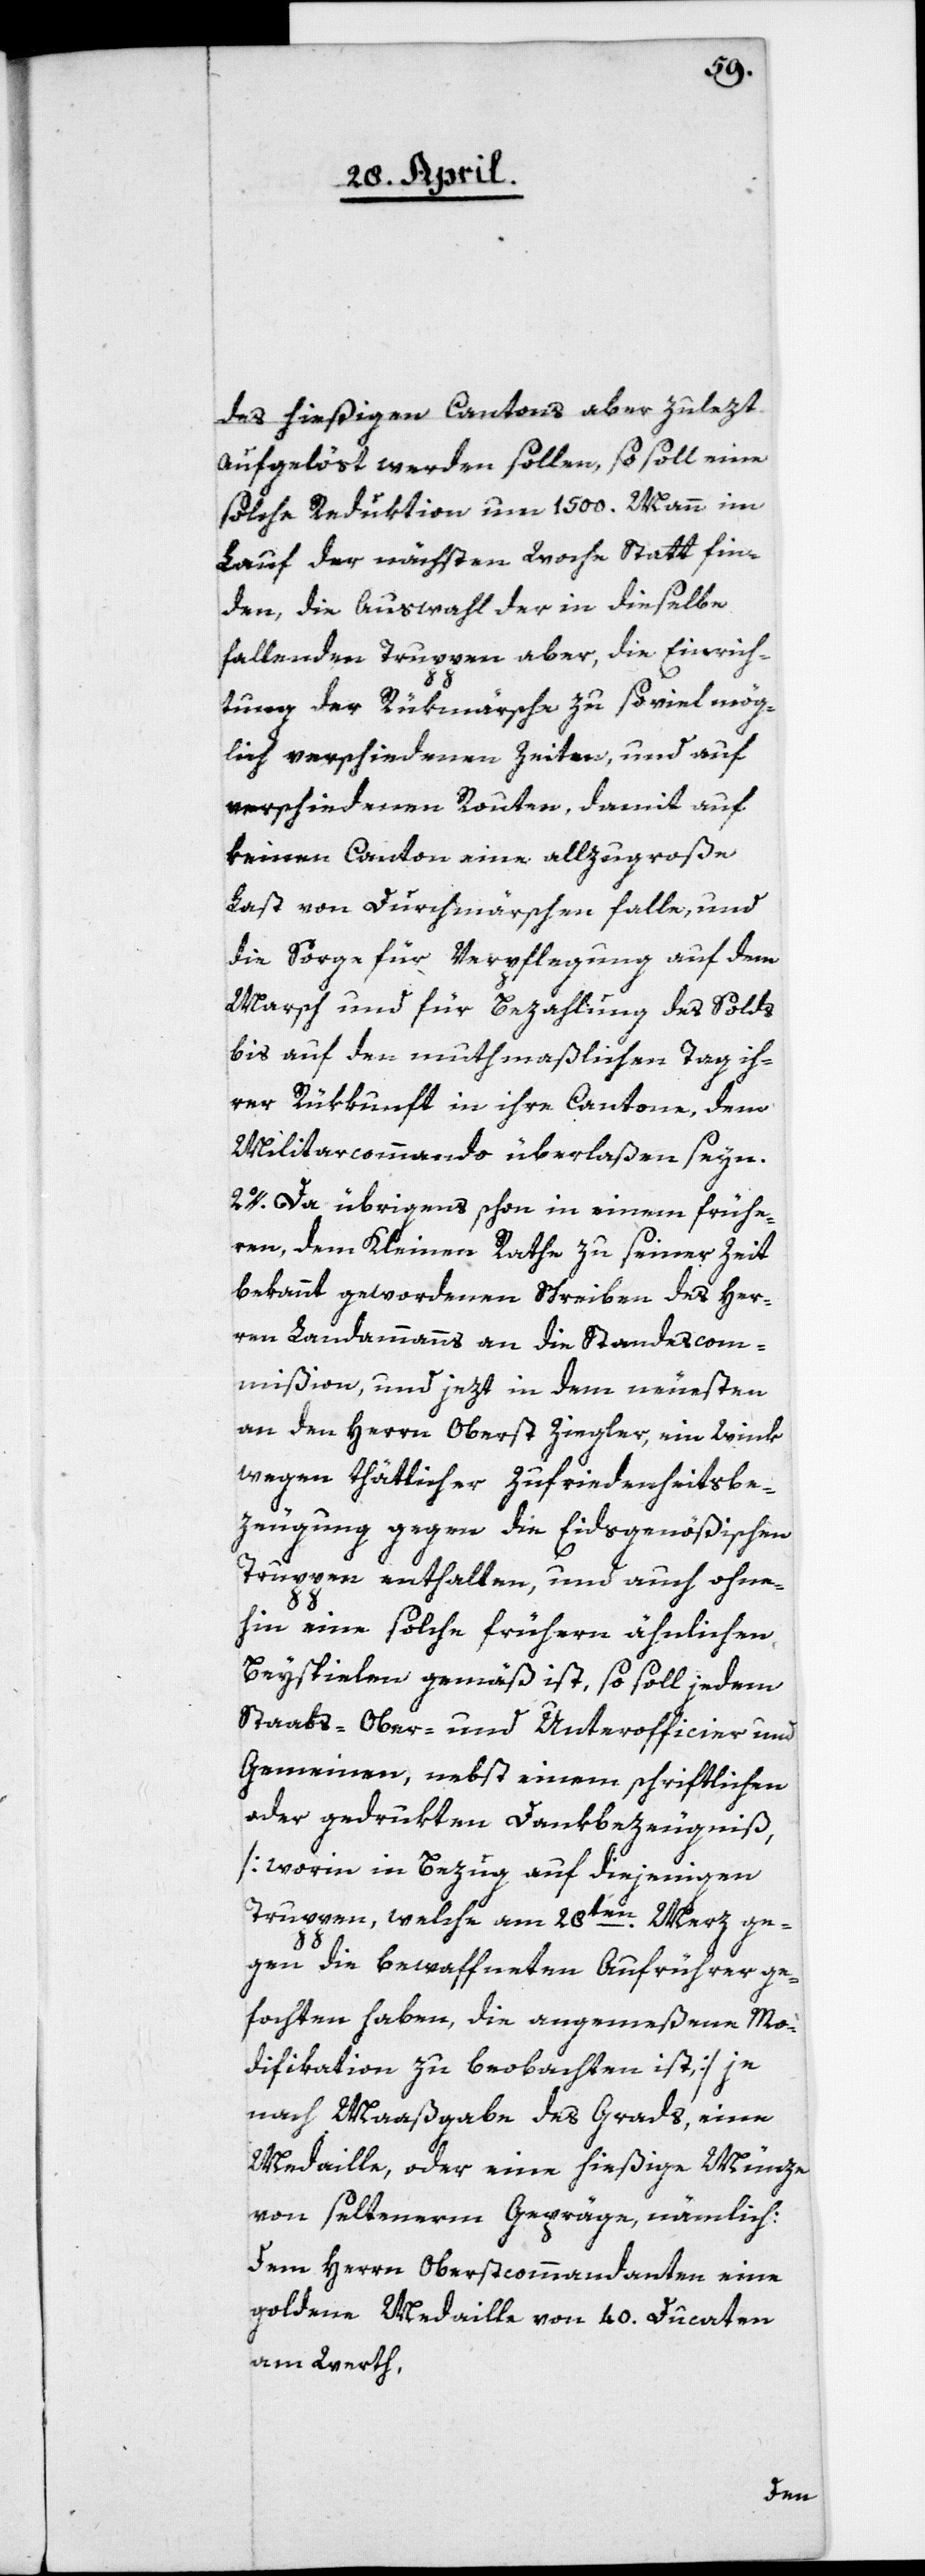
des hießigen Cantons aber zulezt
aufgelöst werden sollen, so soll eine
solche Reduktion um 1500. Mann im
Lauf der nächsten Woche Statt fin¬
den, die Auswahl der in dieselbe
fallenden Truppen aber, die Einrich¬
tung der Rükmärsche zu so viel mög¬
lich verschiedenen Zeiten, und auf
verschiedenen Routen, damit auf
keinen Canton eine allzugroße
Last von Durchmärschen falle, und
die Sorge für Verpflegung auf dem
Marsch und für Bezahlung des Solds
bis auf den muthmaßlichen Tag ih¬
rer Rükkunft in ihre Cantone, dem
Militarcommando überlaßen seyn.
2o. Da übrigens schon in einem frühe¬
ren, dem Kleinen Rathe zu seiner Zeit
bekannt gewordenen Schreiben des Her¬
ren Landammanns an die Standescom¬
mißion, und jezt in dem neuesten
an den Herrn Oberst Ziegler, ein Wink
wegen thätlicher Zufriedenheitsbe¬
zeugung gegen die Eidsgenößischen
Truppen enthalten, und auch ohne¬
hin eine solche frühern ähnlichen
Beyspielen gemäß ist, so soll jedem
Staats-[,] Ober- und Unterofficier und
Gemeinen, nebst einem schriftlichen
oder gedrukten Dankbezeugniß,
[worin in Bezug auf diejenigen
Truppen, welche am 28ten Merz ge¬
gen die bewaffneten Aufrührer ge¬
fochten haben, die angemeßene Mo¬
dification zu beobachten ist] je
nach Maaßgabe des Grads, eine
Medaille oder eine hießige Münze
von seltenerm Gepräge, nämlich:
Dem Herrn Oberstcommandanten eine
goldene Medaille von 40. Ducaten
am Werth,